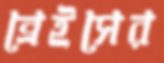
ব্রেইসের